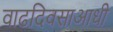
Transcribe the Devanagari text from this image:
वाढदिवसाआधी